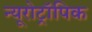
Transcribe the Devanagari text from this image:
न्यूरोट्रॉपिक